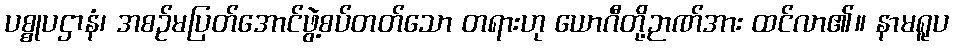
ပစ္စုပဌာနံ၊ အစဉ်မပြတ်အောင်ဖွဲ့စပ်တတ်သော တရားဟု ယောဂီတို့ဉာဏ်အား ထင်လာ၏။ နာမရူပ